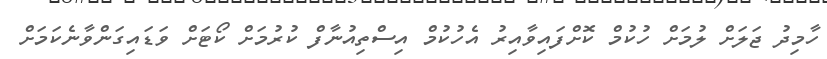
ހާމިދު ޖަލަށް ލުމަށް ހުކުމް ކޮށްފައިވާއިރު އެހުކުމް އިސްތިއުނާފް ކުރުމަށް ކޯޓަށް ވަޑައިގަންވާނެކަމަށް